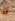
لا